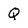
Character: Q